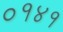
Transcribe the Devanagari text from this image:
०१४१